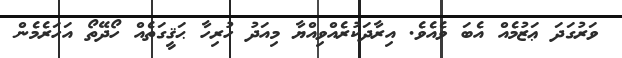
ވަރުގަދަ ޢަޒުމެއް އެބަ ވެއެވެ. އިރާދަކުރެއްވިއްޔާ މިއަދު ހުރިހާ ޙަޤީގަތެއް ހޯދޭތޯ އަހަރެމެން